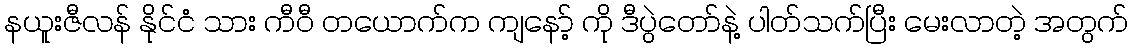
နယူးဇီလန် နိုင်ငံ သား ကီဝီ တယောက်က ကျနော့် ကို ဒီပွဲတော်နဲ့ ပါတ်သက်ပြီး မေးလာတဲ့ အတွက်